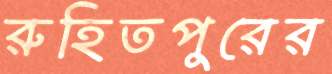
রুহিতপুরের